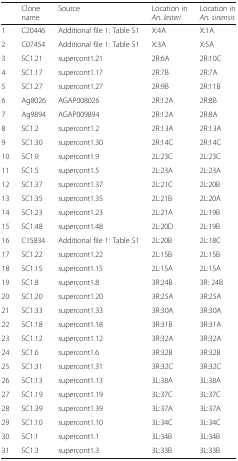
<table><thead><tr><td></td><td><b>Clone name</b></td><td><b>Source</b></td><td><b>Location in <i>An. lesteri</i></b></td><td><b>Location in <i>An. sinensis</i></b></td></tr></thead><tbody><tr><td>1</td><td>C20446</td><td>Additional file 1: Table S1</td><td>X:4A</td><td>X:1A</td></tr><tr><td>2</td><td>C07454</td><td>Additional file 1: Table S1</td><td>X:3A</td><td>X:5A</td></tr><tr><td>3</td><td>SC1.21</td><td>supercont1.21</td><td>2R:6A</td><td>2R:10C</td></tr><tr><td>4</td><td>SC1.17</td><td>supercont1.17</td><td>2R:7B</td><td>2R:7A</td></tr><tr><td>5</td><td>SC1.27</td><td>supercont1.27</td><td>2R:9B</td><td>2R:11B</td></tr><tr><td>6</td><td>Ag8026</td><td>AGAP008026</td><td>2R:12A</td><td>2R:8B</td></tr><tr><td>7</td><td>Ag9894</td><td>AGAP009894</td><td>2R:12A</td><td>2R:8A</td></tr><tr><td>8</td><td>SC1.2</td><td>supercont1.2</td><td>2R:13A</td><td>2R:13A</td></tr><tr><td>9</td><td>SC1.30</td><td>supercont1.30</td><td>2R:14C</td><td>2R:14C</td></tr><tr><td>10</td><td>SC1.9</td><td>supercont1.9</td><td>2L:23C</td><td>2L:23C</td></tr><tr><td>11</td><td>SC1.5</td><td>supercont1.5</td><td>2L:23A</td><td>2L:23A</td></tr><tr><td>12</td><td>SC1.37</td><td>supercont1.37</td><td>2L:21C</td><td>2L:20B</td></tr><tr><td>13</td><td>SC1.35</td><td>supercont1.35</td><td>2L:21B</td><td>2L:20A</td></tr><tr><td>14</td><td>SC1.23</td><td>supercont1.23</td><td>2L:21A</td><td>2L:19B</td></tr><tr><td>15</td><td>SC1.48</td><td>supercont1.48</td><td>2L:20D</td><td>2L:19B</td></tr><tr><td>16</td><td>C15834</td><td>Additional file 1: Table S1</td><td>2L:20B</td><td>2L:18C</td></tr><tr><td>17</td><td>SC1.22</td><td>supercont1.22</td><td>2L:15B</td><td>2L:15B</td></tr><tr><td>18</td><td>SC1.15</td><td>supercont1.15</td><td>2L:15A</td><td>2L:15A</td></tr><tr><td>19</td><td>SC1.8</td><td>supercont1.8</td><td>3R:24B</td><td>3R: 24B</td></tr><tr><td>20</td><td>SC1.20</td><td>supercont1.20</td><td>3R:25A</td><td>3R:25A</td></tr><tr><td>21</td><td>SC1.33</td><td>supercont1.33</td><td>3R:30A</td><td>3R:30A</td></tr><tr><td>22</td><td>SC1.18</td><td>supercont1.18</td><td>3R:31B</td><td>3R:31A</td></tr><tr><td>23</td><td>SC1.12</td><td>supercont1.12</td><td>3R:32A</td><td>3R:32A</td></tr><tr><td>24</td><td>SC1.6</td><td>supercont1.6</td><td>3R:32B</td><td>3R:32B</td></tr><tr><td>25</td><td>SC1.31</td><td>supercont1.31</td><td>3R:32C</td><td>3R:32C</td></tr><tr><td>26</td><td>SC1.13</td><td>supercont1.13</td><td>3L:38A</td><td>3L:38A</td></tr><tr><td>27</td><td>SC1.19</td><td>supercont1.19</td><td>3L:37C</td><td>3L:37C</td></tr><tr><td>28</td><td>SC1.39</td><td>supercont1.39</td><td>3L:37A</td><td>3L:37A</td></tr><tr><td>29</td><td>SC1.10</td><td>supercont1.10</td><td>3L:34C</td><td>3L:34C</td></tr><tr><td>30</td><td>SC1.1</td><td>supercont1.1</td><td>3L:34B</td><td>3L:34B</td></tr><tr><td>31</td><td>SC1.3</td><td>supercont1.3</td><td>3L:33B</td><td>3L:33B</td></tr></tbody></table>